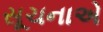
સૂચનાએ